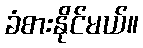
ခံစားနိုင်မယ်။